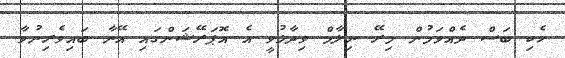
ހެކި ބަސް ދެއްވަމުން މިރޭ ނިލާމް ވިދާޅުވީ އެ އޮޕަރޭޝަންގައި އޭނާ ބައިވެރިނުވާ